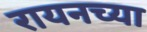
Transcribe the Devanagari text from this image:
रायनच्या